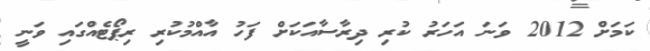
ކަމަށް 2012 ވަނަ އަހަރު ކުރި ދިރާސާއަކަށް ފަހު އާއްމުކުރި ރިޕޯޓެއްގައި ވަނީ